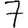
Digit: 7